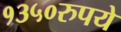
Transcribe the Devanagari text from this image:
१३५०रुपये